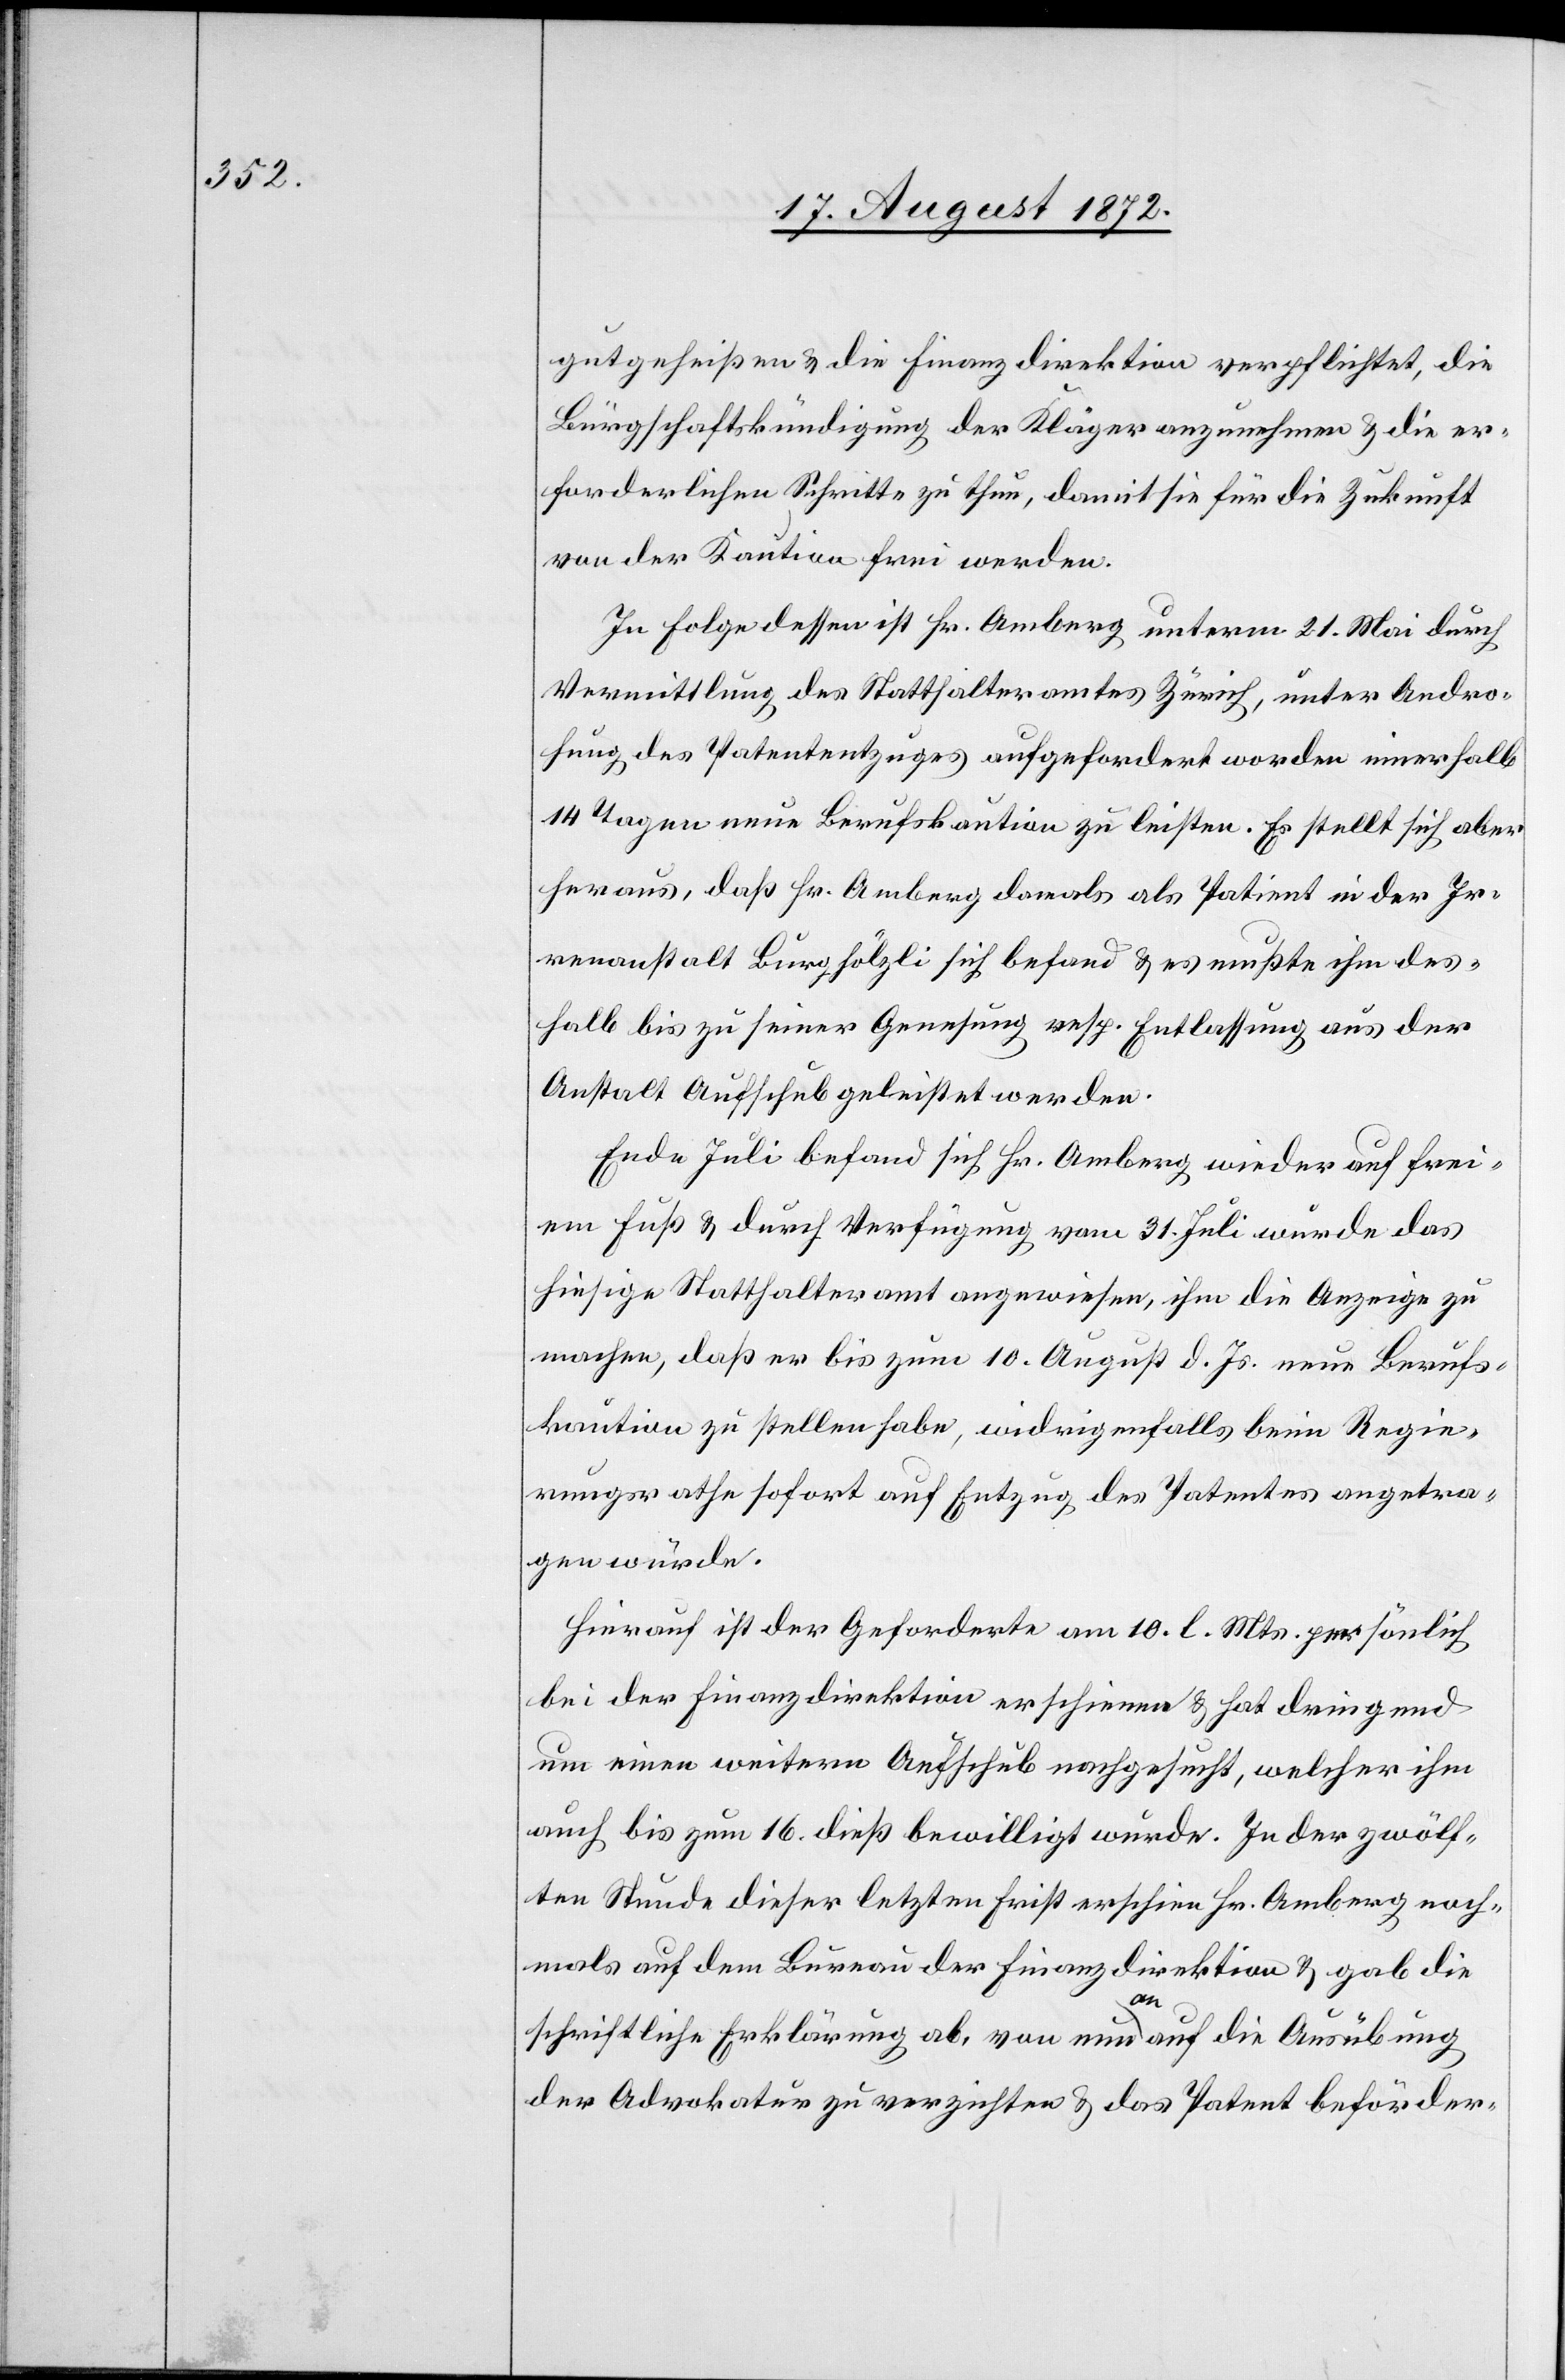
gutgeheißen u. die Finanzdirektion verpflichtet, die
Bürgschaftskündigung der Kläger anzunehmen u. die er¬
forderlichen Schritte zu thun, damit sie für die Zukunft
von der Kaution frei werden.
In Folge dessen ist Hr. Amberg unterm 21. Mai durch
Vermittlung des Statthalteramtes Zürich, unter Andro¬
hung des Patentenzuges aufgefordert worden innerhalb
14 Tagen neue Berufskaution zu leisten. Es stellt sich aber
heraus, daß Hr. Amberg damals als Patient in der Ir¬
renanstalt Burghölzli sich befand u. es mußte ihm des¬
halb bis zu seiner Genesung resp. Entlassung aus der
Anstalt Aufschub geleistet werden.
Ende Juli befand sich Hr. Amberg wieder auf frei¬
em Fuß u. durch Verfügung vom 31. Juli wurde das
hiesige Statthalteramt angewiesen, ihm die Anzeige zu
machen, daß er bis zum 10. August d. Js. neue Berufs¬
kaution zu stellen habe, widrigenfalls beim Regie¬
rungsrathe sofort auf Entzug des Patentes angetra¬
gen würde.
Hierauf ist der Geforderte am 10. l. Mts. persönlich
bei der Finanzdirektion erschienen u. hat dringend
um einen weitern Aufschub nachgesucht, welcher ihm
auch bis zum 16. dieß bewilligt wurde. In der zwölf¬
ten Stunde dieser letzten Frist erschien Hr. Amberg noch¬
mals auf dem Bureau der Finanzdirektion u. gab die
schriftliche Erklärung ab, von nun an auf die Ausübung
der Advokatur zu verzichten u. das Patent beförder-